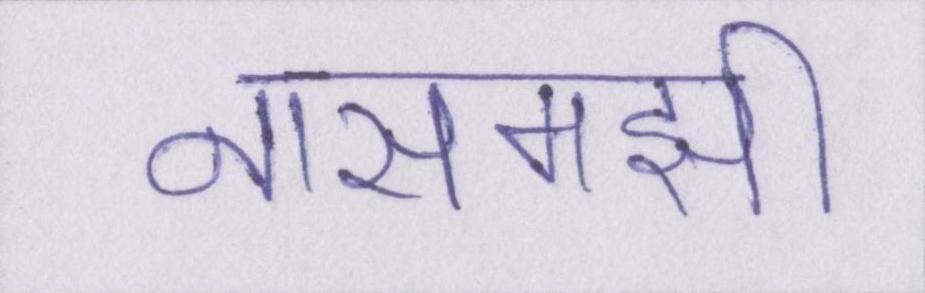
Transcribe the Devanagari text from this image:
नासमझी